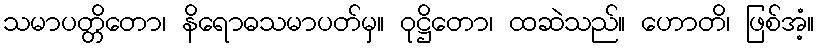
သမာပတ္တိတော၊ နိရောဓသမာပတ်မှ။ ဝုဋ္ဌိတော၊ ထဆဲသည်။ ဟောတိ၊ ဖြစ်အံ့။